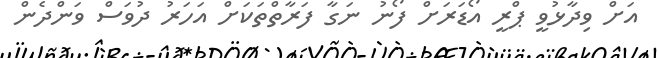
އަށް ވިދާޅުވީ ޕްރީ އޯޑަރަށް ފޯނު ނަގާ ފަރާތްތަކަށް އަހަރު ދުވަސް ވަންދެން